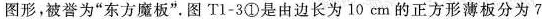
图形，被誉为“东方魔板”。图 T1-3①是由边长为 10 cm 的正方形薄板分为 7